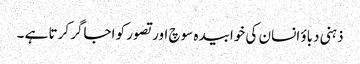
ذہنی دباؤ انسان کی خوابیدہ سوچ اور تصور کو اجاگر کرتا ہے ۔